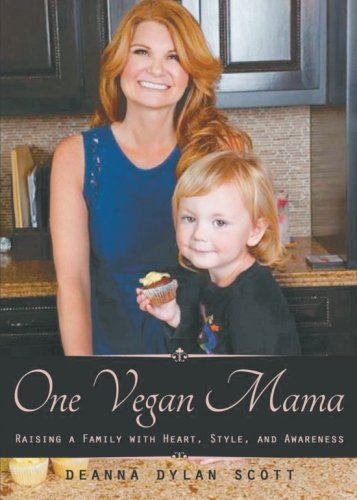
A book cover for One Vegan Mama; Deanna Dylan Scott; Health, Fitness & Dieting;